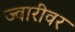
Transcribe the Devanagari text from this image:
ज्वारीवर